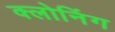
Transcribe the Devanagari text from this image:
क्‍लोनिंग